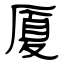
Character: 厦